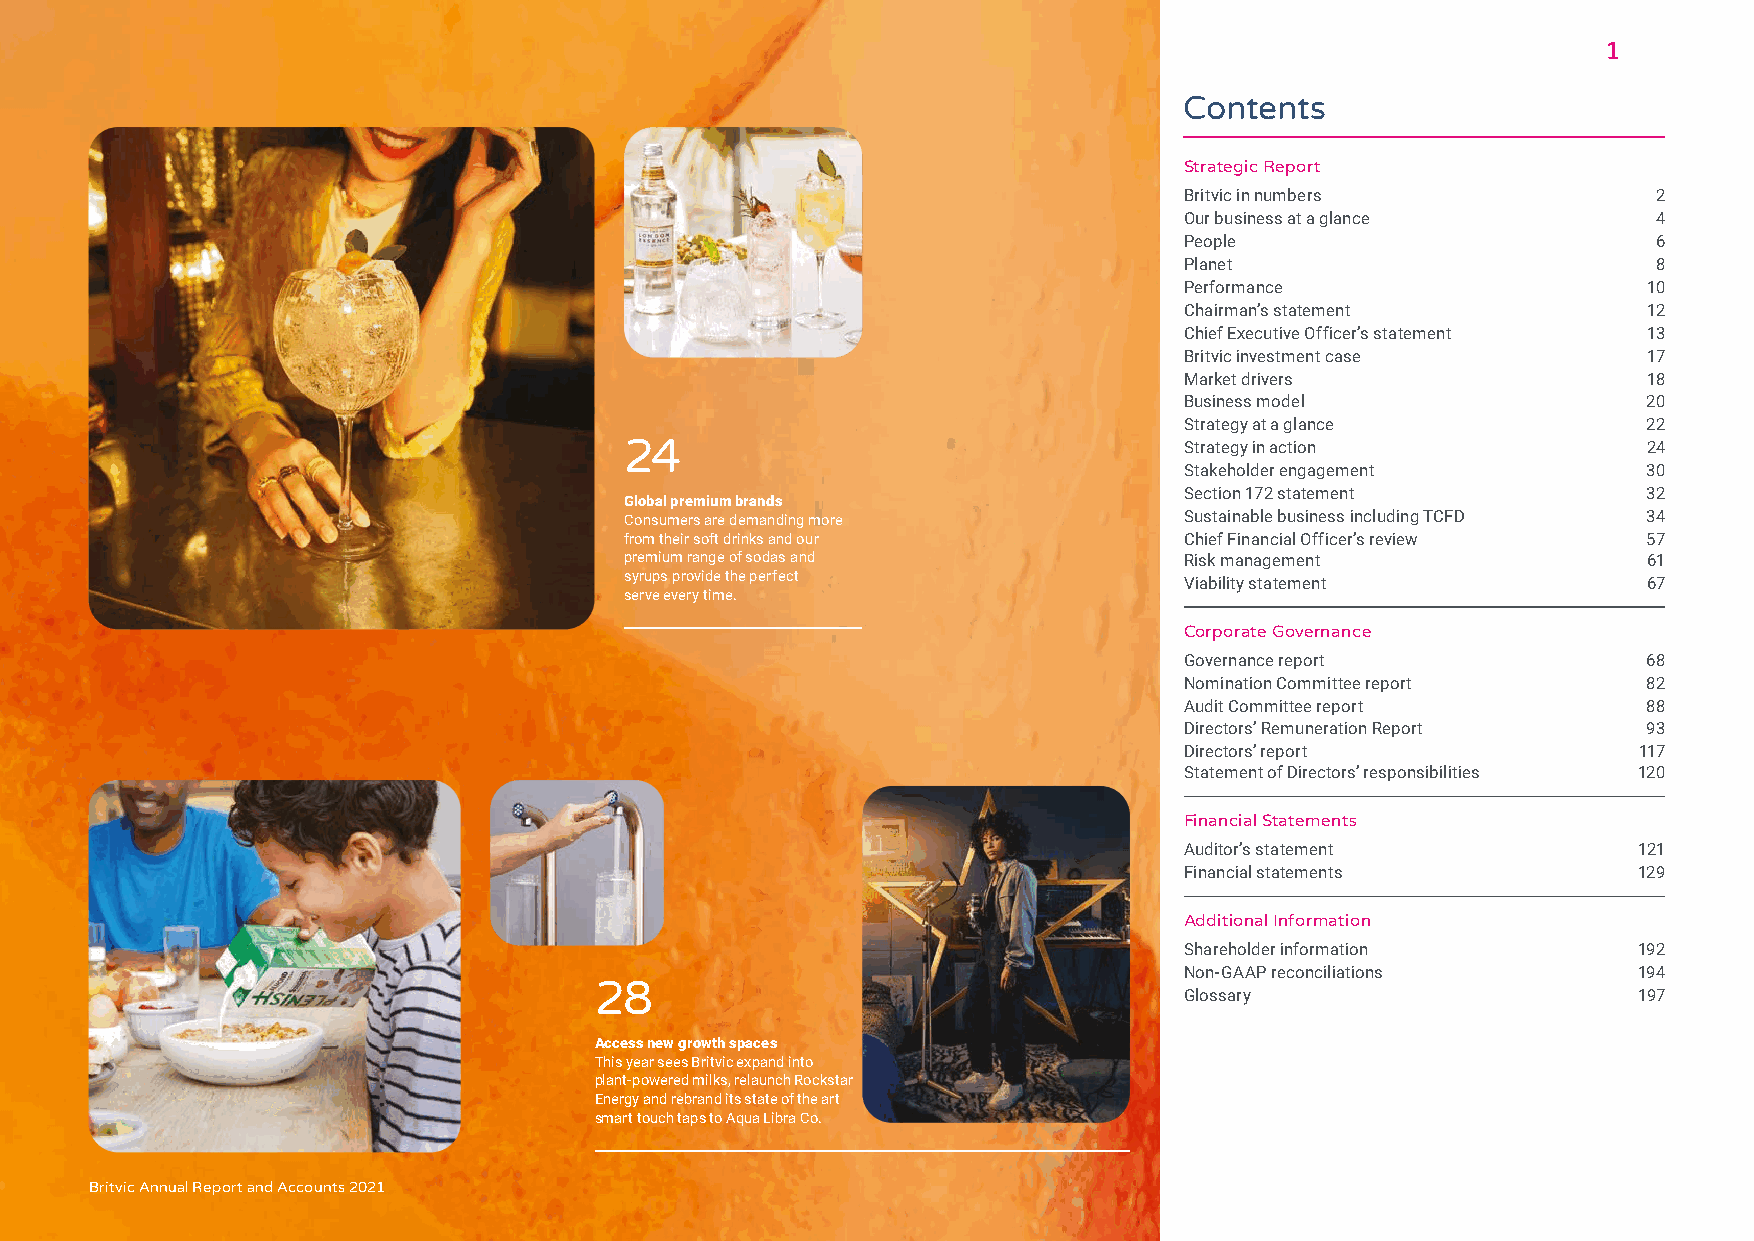
1
 Contents
 Strategic Report
 Britvic in numbers              2
 Our business at a glance        4
 People                          6
 Planet                          8
 Performance                    10
 Chairman’s statement           12
 Chief Executive Officer’s statement 13
 Britvic investment case        17
 Market drivers                 18
 Business model                 20
 Strategy at a glance           22
 24                                   Strategy in action             24
 Stakeholder engagement         30
 Section 172 statement          32
 Global premium brands
 Consumers are demanding more         Sustainable business including TCFD 34
 from their soft drinks and our       Chief Financial Officer’s review 57
 premium range of sodas and           Risk management                61
 syrups provide the perfect
 Viability statement            67
 serve every time.
 Corporate Governance
 Governance report              68
 Nomination Committee report    82
 Audit Committee report         88
 Directors’ Remuneration Report 93
 Directors’ report              117
 Statement of Directors’ responsibilities 120
 Financial Statements
 Auditor’s statement           121
 Financial statements          129
 Additional Information
 Shareholder information       192
 Non-GAAP reconciliations      194
 28
 Glossary                      197
 Access new growth spaces
 This year sees Britvic expand into
 plant-powered milks, relaunch Rockstar
 Energy and rebrand its state of the art
 smart touch taps to Aqua Libra Co.
 Britvic Annual Report and Accounts 2021